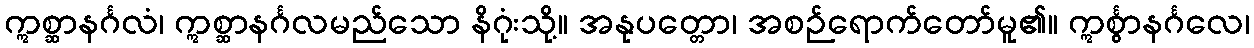
ဣစ္ဆာနင်္ဂလံ၊ ဣစ္ဆာနင်္ဂလမည်သော နိဂုံးသို့။ အနုပတ္တော၊ အစဉ်ရောက်တော်မူ၏။ ဣင်္စွာနင်္ဂလေ၊